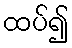
ထပ်၍